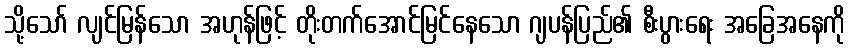
သို့သော် လျင်မြန်သော အဟုန်ဖြင့် တိုးတက်အောင်မြင်နေသော ဂျပန်ပြည်၏ စီးပွားရေး အခြေအနေကို